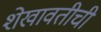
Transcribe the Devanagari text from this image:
शेखावतीची